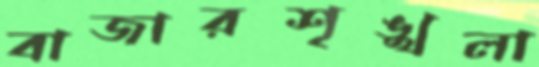
বাজারশৃঙ্খলা